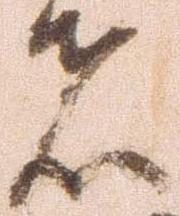
者